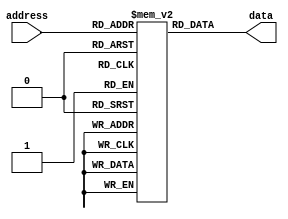
module PROM (
    input wire [ADDRESS_WIDTH-1:0] address,
    output reg data
);

parameter ADDRESS_WIDTH = 8;
parameter DATA_WIDTH = 1;

reg [DATA_WIDTH-1:0] memory [2**ADDRESS_WIDTH-1:0];

always @(*) begin
    data = memory[address];
end

// Initialize memory cells to a specific value
initial begin
    memory[0] = 1'b0;
    memory[1] = 1'b1;
    // Add more initialization values as needed
    // For example, memory[2] = 1'b0;
end

endmodule